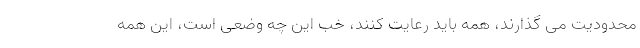
محدودیت می گذارند، همه باید رعایت کنند، خب این چه وضعی است، این همه